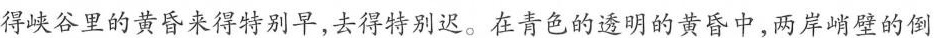
得峡谷里的黄昏来得特别早,去得特别迟。在青色的透明的黄昏中,两岸峭壁的倒